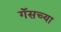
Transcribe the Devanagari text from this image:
गॅसच्या